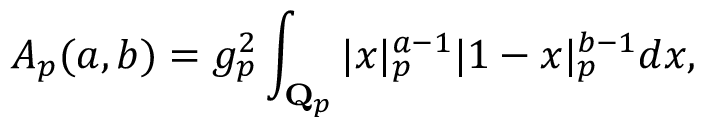
A _ { p } ( a , b ) = g _ { p } ^ { 2 } \int _ { { \bf Q } _ { p } } \vert x \vert _ { p } ^ { a - 1 } | 1 - x | _ { p } ^ { b - 1 } d x ,